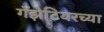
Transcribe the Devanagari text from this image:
गॅझेटियरच्या